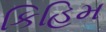
કિહિમ